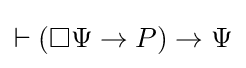
\vdash (\Box \Psi \rightarrow P)\rightarrow \Psi